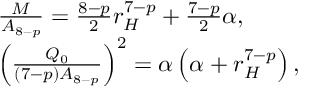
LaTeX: \begin{array} { l } { { \frac { M } { A _ { 8 - p } } = \frac { 8 - p } { 2 } r _ { H } ^ { 7 - p } + \frac { 7 - p } { 2 } \alpha , } } \\ { { \left( \frac { Q _ { 0 } } { ( 7 - p ) A _ { 8 - p } } \right) ^ { 2 } = \alpha \left( \alpha + r _ { H } ^ { 7 - p } \right) , } } \end{array}